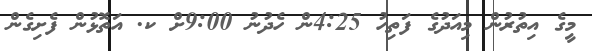
މީގެ އިތުރުން މިއަދުގެ ފަތިހު 4:25ން ހެދުނު 9:00ށް ކ. އަތޮޅުން ފެށިގެން